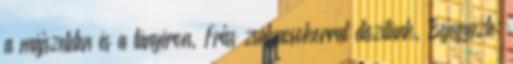
a májszeleten és a tányéron. Friss zsályacsokorral díszítünk. Bejegyezte: